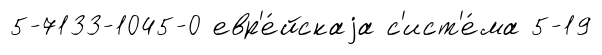
5-7133-1045-0 евр'е́йскаjа с'ист'е́ма 5-19